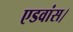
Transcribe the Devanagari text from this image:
एडवांस।